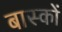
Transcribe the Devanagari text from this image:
बास्कों